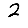
Digit: 2